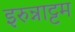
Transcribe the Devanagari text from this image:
इरुन्नाट्टम